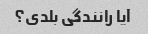
آیا رانندگی بلدی؟